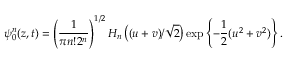
\psi _ { 0 } ^ { n } ( z , t ) = \left( { \frac { 1 } { \pi n ! 2 ^ { n } } } \right) ^ { 1 / 2 } H _ { n } \left( ( u + v ) / \sqrt { 2 } \right) \exp \left\{ - { \frac { 1 } { 2 } } ( u ^ { 2 } + v ^ { 2 } ) \right\} .